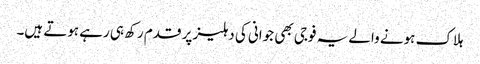
ہلاک ہونے والے یہ فوجی بھی جوانی کی دہلیز پر قدم رکھ ہی رہے ہوتے ہیں۔